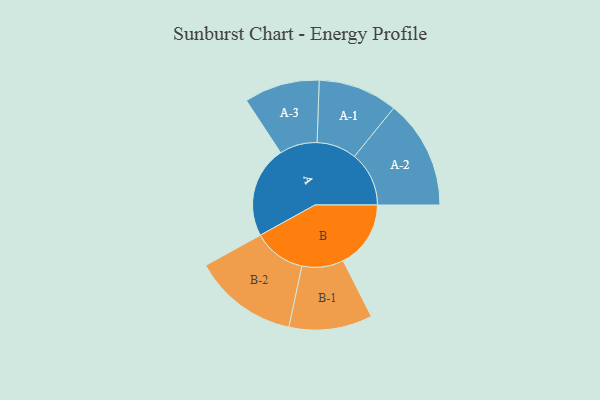
{"axis": {"x": "Segment", "y": "Value"}, "legend": ["", "A", "B"], "data": [{"x": "A", "y": 447, "type": ""}, {"x": "B", "y": 330, "type": ""}, {"x": "A-1", "y": 194, "type": "A"}, {"x": "A-2", "y": 266, "type": "A"}, {"x": "A-3", "y": 184, "type": "A"}, {"x": "B-1", "y": 203, "type": "B"}, {"x": "B-2", "y": 256, "type": "B"}]}